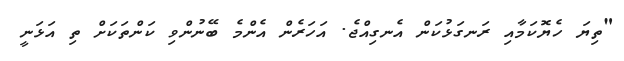
"ތިޔަ ހެޔޮކަމާއި ރަނގަޅުކަން އެނގިއްޖެ. އަހަރެން އެންމެ ބޭނުންވި ކަންތަކަށް ތި އަޅަނީ